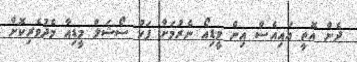
ދެން އޮތީ އައިއެސް އިން ވީޑިއޯ ނެރުމަށް ފަހު ސޯޝަލް މީޑިއާ މެދުވެރިކޮށް